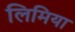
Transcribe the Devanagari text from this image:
लिमिया